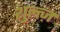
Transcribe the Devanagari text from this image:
शुल्त्ज़